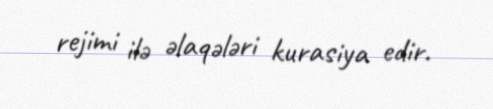
rejimi ilə əlaqələri kurasiya edir.